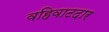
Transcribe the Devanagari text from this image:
वहिवाटदार